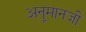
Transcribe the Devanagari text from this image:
अनुमानजी